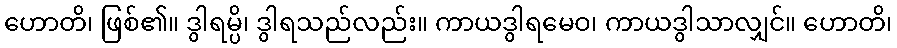
ဟောတိ၊ ဖြစ်၏။ ဒွါရမ္ပိ၊ ဒွါရသည်လည်း။ ကာယဒွါရမေဝ၊ ကာယဒွါသာလျှင်။ ဟောတိ၊